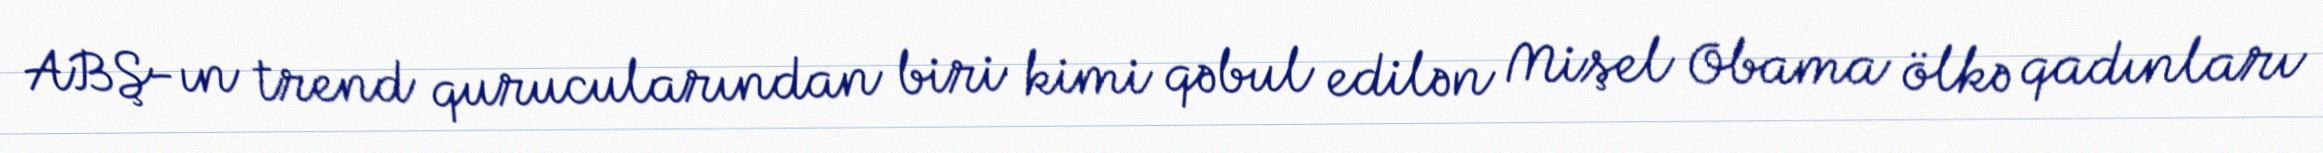
ABŞ-ın trend qurucularından biri kimi qəbul edilən Mişel Obama ölkə qadınları